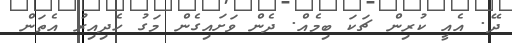
ދޭ. އެއީ ކުރިން ޗަކަ ބިމެއް. ދެން ވަށައިގެން މަގު ހެދިއިރު އެތަން